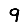
Digit: 9